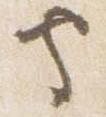
守